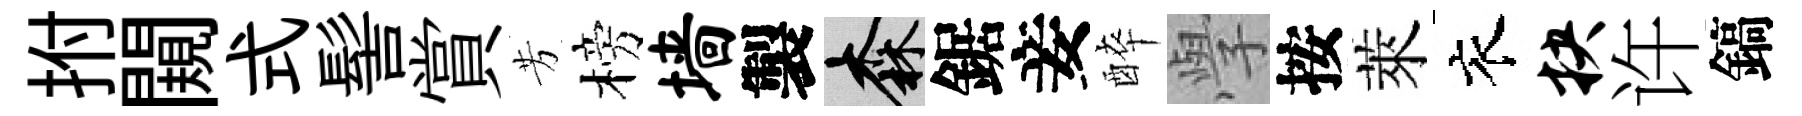
拊闚式髻賞芳榜墙製森鋸妾醉𭓕按萊衣抉许鎬